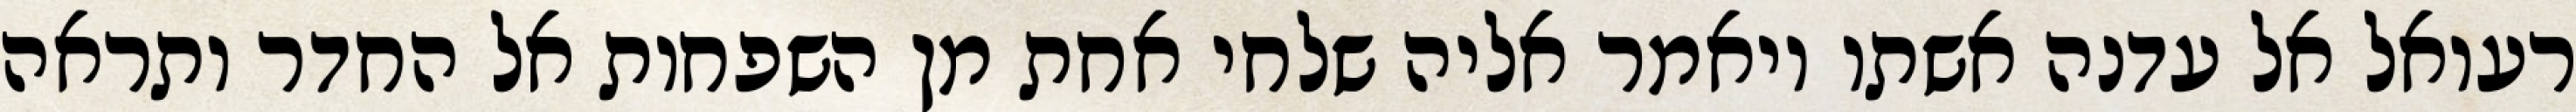
רעואל אל עדנה אשתו ויאמר אליה שלחי אחת מן השפחות אל החדר ותראה